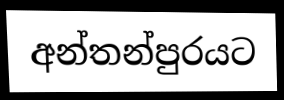
අන්තන්පුරයට